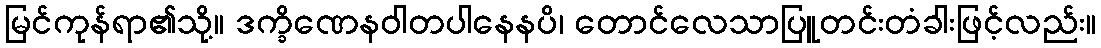
မြင်ကုန်ရာ၏သို့။ ဒက္ခိဏေနဝါတပါနေနပိ၊ တောင်လေသာပြူတင်းတံခါးဖြင့်လည်း။